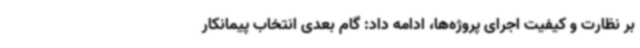
بر نظارت و کیفیت اجرای پروژه‌ها، ادامه داد: گام بعدی انتخاب پیمانکار